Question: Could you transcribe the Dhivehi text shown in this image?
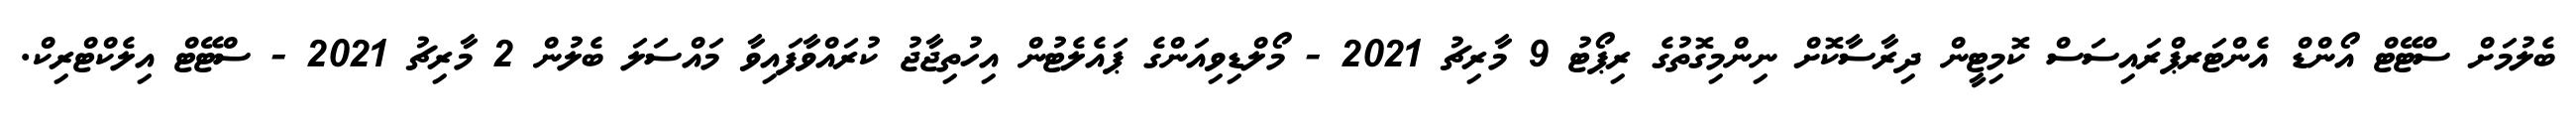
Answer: ބެލުމަށް ސްޓޭޓް އޯންޑް އެންޓަރޕްރައިސަސް ކޮމިޓީން ދިރާސާކޮށް ނިންމިގޮތުގެ ރިޕޯޓު 9 މާރިޗު 2021 - މޯލްޑިވިއަންގެ ޕައެލެޓުން އިހުތިޖާޖު ކުރައްވާފައިވާ މައްސަލަ ބެލުން 2 މާރިޗު 2021 - ސްޓޭޓް އިލެކްޓްރިކް.